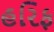
હરિફ